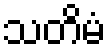
သတိမံ